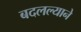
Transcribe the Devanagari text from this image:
बदलल्याने